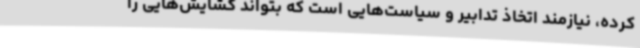
کرده، نیازمند اتخاذ تدابیر و سیاست‌هایی است که بتواند گشایش‌هایی را